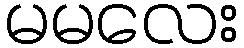
မမလေး